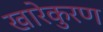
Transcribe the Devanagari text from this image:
खारेकुरण